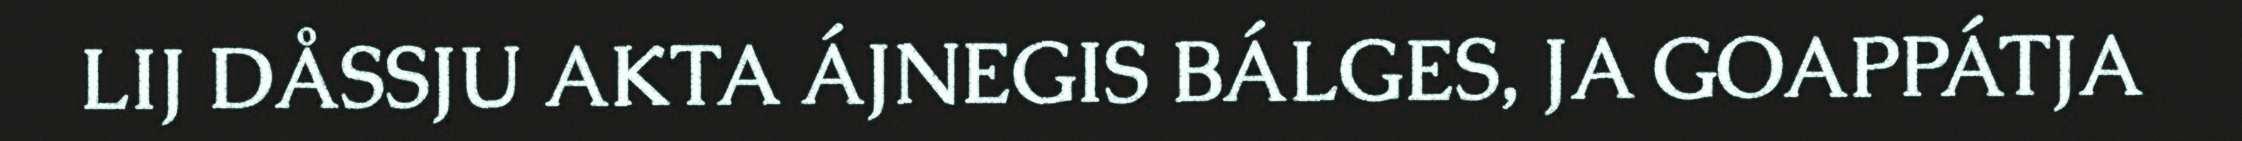
LIJ DÅSSJU AKTA ÁJNEGIS BÁLGES, JA GOAPPÁTJA